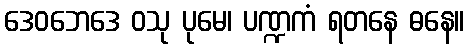
ဒေဝဘေဒေ ဝသု ပုမေ၊ ပဏ္ဍကံ ရတနေ ဓနေ။